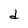
Character: d